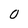
Character: 0